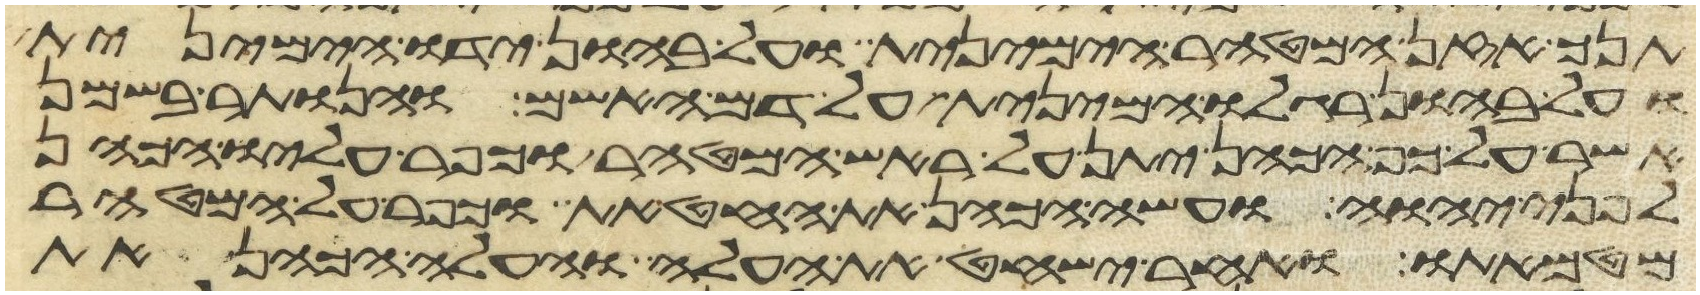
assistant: תנך אזן המטהר הימנית ועל בהון ידו הימנית
ועל בהון רגלו הימנית על דם האשם והנותר בשמן
אשר על כף הכהן יתן על ראש המטהר וכפר עליו הכהן
לפני יהוה ועשה הכהן את החטאת וכפר על המטהר
מטמאתו ואחר ישחט את העלה והעלה הכהן את